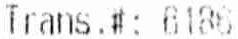
TRANS.#: 6186